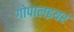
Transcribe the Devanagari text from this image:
गोपालइयर